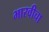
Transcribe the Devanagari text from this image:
भारवीचा